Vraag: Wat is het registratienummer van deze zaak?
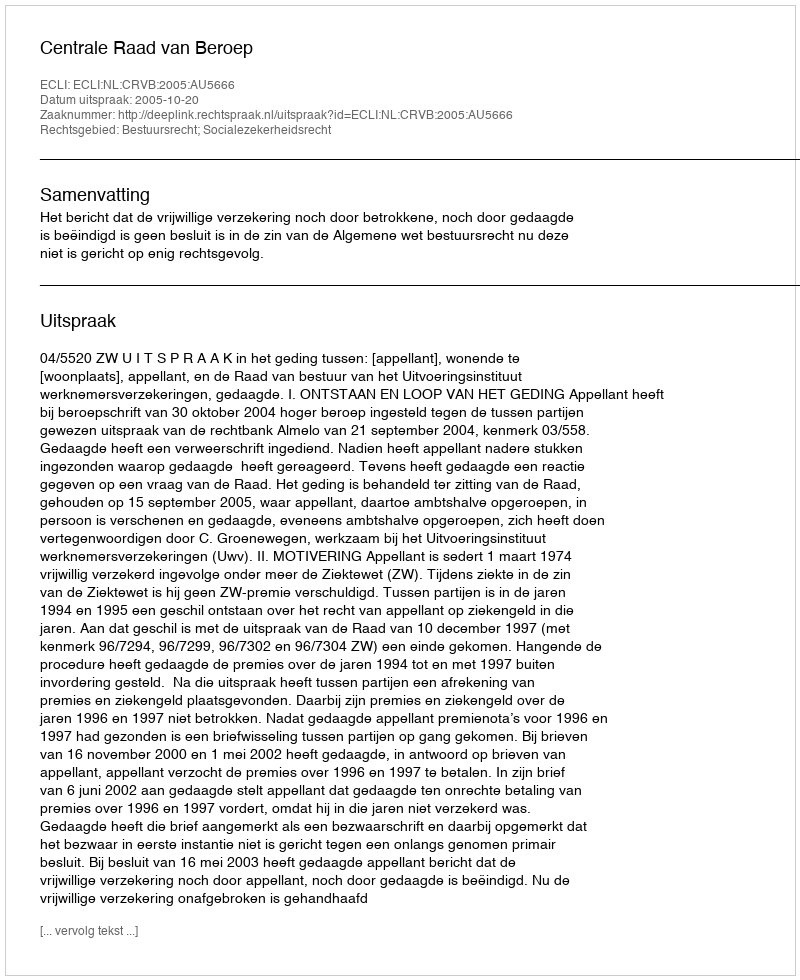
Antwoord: http://deeplink.rechtspraak.nl/uitspraak?id=ECLI:NL:CRVB:2005:AU5666